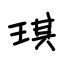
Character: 琪